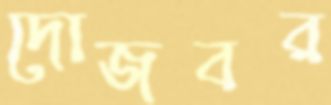
দোজবর